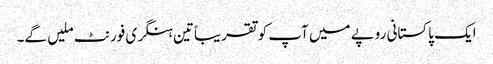
ایک پاکستانی روپے میں آپ کو تقریباًتین ہنگری فورنٹ ملیں گے۔